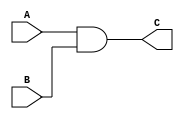
module And (
input	wire		A,
input	wire		B,

output	wire		C

);

assign C = A & B ;

endmodule